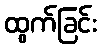
ထွက်ခြင်း